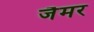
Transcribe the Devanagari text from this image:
जैमर